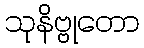
သုနိဗ္ဗုတော